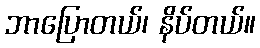
ဘာပြောတယ်၊ နိပ်တယ်။